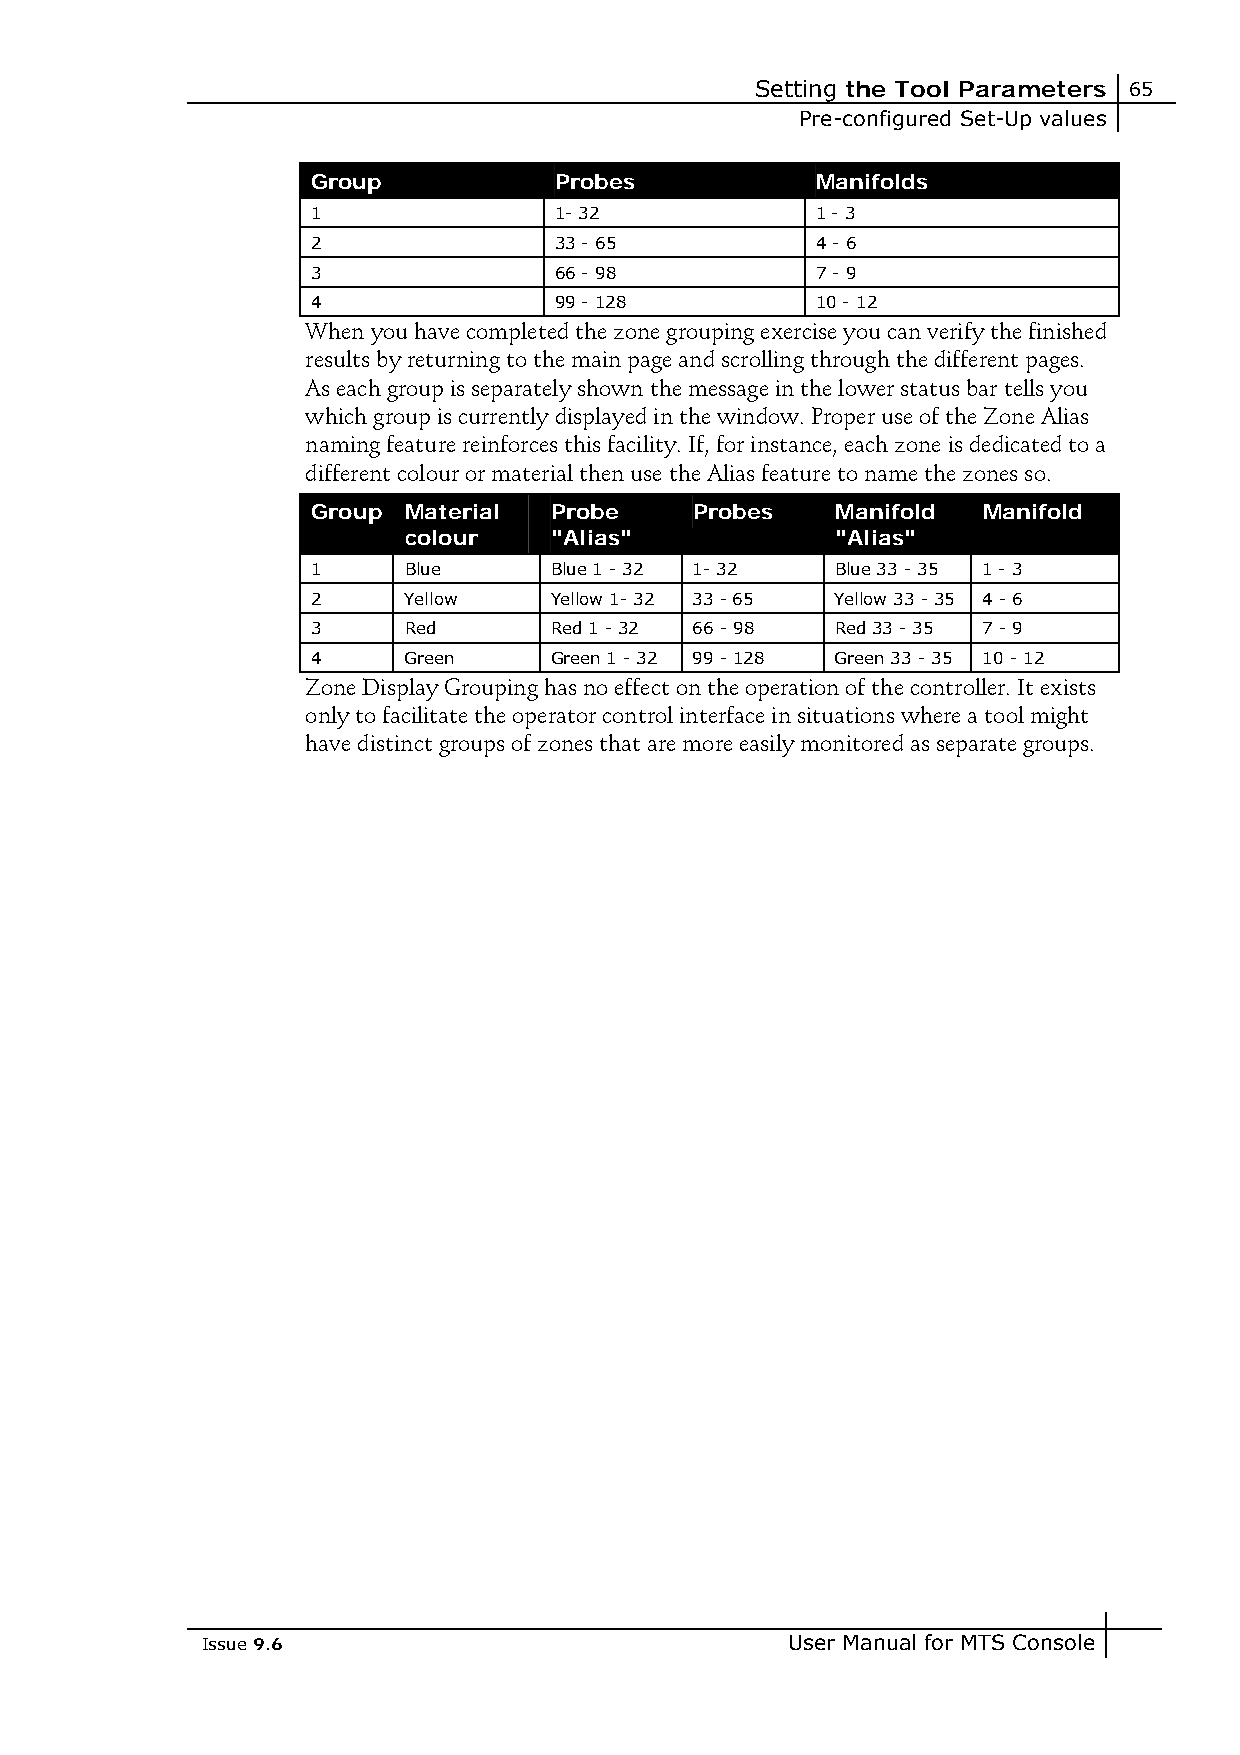
Setting the Tool Parameters 65
 Pre-configured Set-Up values
 Group           Probes           Manifolds
 1               1- 32            1 - 3
 2               33 - 65          4 - 6
 3               66 - 98          7 - 9
 4               99 - 128         10 - 12
 When you have completed the zone grouping exercise you can verify the finished
 results by returning to the main page and scrolling through the different pages.
 As each group is separately shown the message in the lower status bar tells you
 which group is currently displayed in the window. Proper use of the Zone Alias
 naming feature reinforces this facility. If, for instance, each zone is dedicated to a
 different colour or material then use the Alias feature to name the zones so.
 Group Material Probe     Probes   Manifold  Manifold
 colour   "Alias"            "Alias"
 1     Blue     Blue 1 - 32 1- 32  Blue 33 - 35 1 - 3
 2     Yellow   Yellow 1- 32 33 - 65 Yellow 33 - 35 4 - 6
 3     Red      Red 1 - 32 66 - 98 Red 33 - 35 7 - 9
 4     Green    Green 1 - 32 99 - 128 Green 33 - 35 10 - 12
 Zone Display Grouping has no effect on the operation of the controller. It exists
 only to facilitate the operator control interface in situations where a tool might
 have distinct groups of zones that are more easily monitored as separate groups.
 Issue 9.6                              User Manual for MTS Console